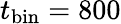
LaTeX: t_{\mathrm{{bin}}}=800